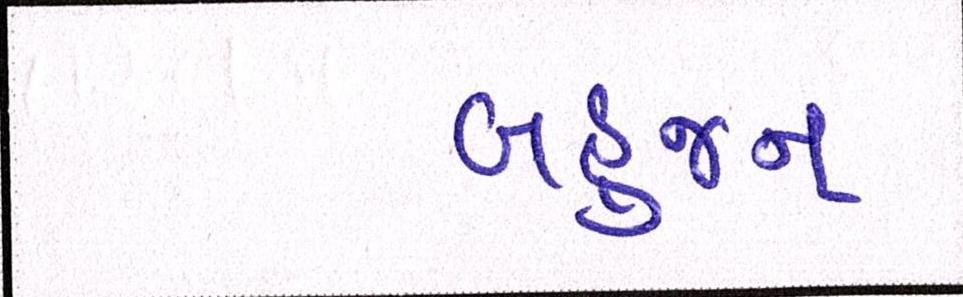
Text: બહુજન